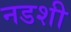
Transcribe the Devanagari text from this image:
नडशी